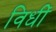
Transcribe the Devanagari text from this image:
विधीं